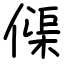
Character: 𠍲